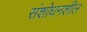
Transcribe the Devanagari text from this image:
संशोधनशील